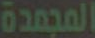
المجمدة